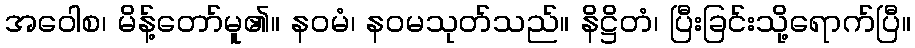
အဝေါစ၊ မိန့်တော်မူ၏။ နဝမံ၊ နဝမသုတ်သည်။ နိဋ္ဌိတံ၊ ပြီးခြင်းသို့ရောက်ပြီ။